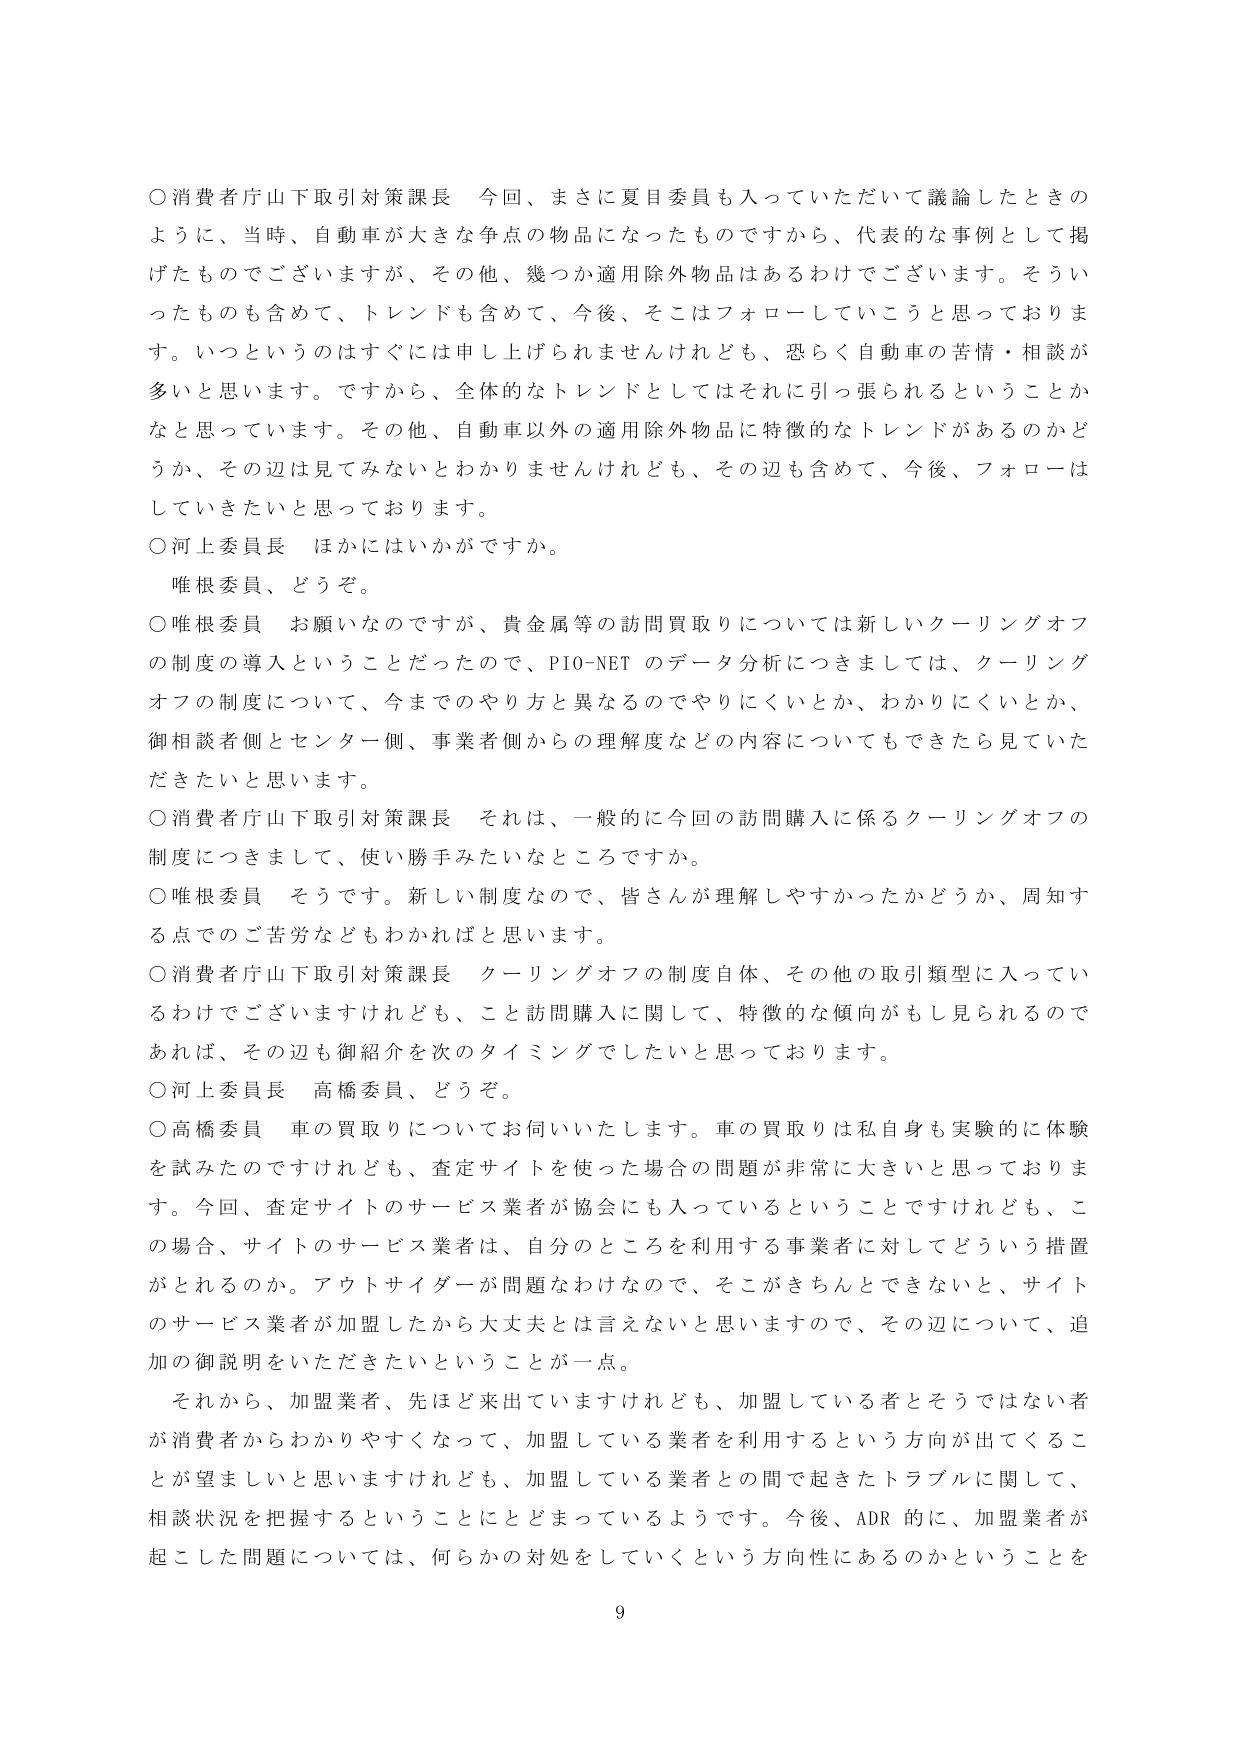
○消費者庁山下取引対策課長　今回、まさに夏目委員も入っていただいて議論したときのように、当時、自動車が大きな争点の物品になったものですから、代表的な事例として掲げたものでございますが、その他、幾つか適用除外物品はあるわけでございます。そういったものも含めて、トレンドも含めて、今後、そこはフォローしていこうと思っております。いっというのはすぐには申し上げられませんけれども、恐らく自動車の苦情・相談が多いと思います。ですから、全体的なトレンドとしてはそれに引っ張られるということかなと思っています。その他、自動車以外の適用除外物品に特徴的なトレンドがあるのかどうか、その辺は見てみないとわかりませんけれども、その辺も含めて、今後、フォローはしていきたいと思っております。

○河上委員長　ほかにはいかがですか。

　唯根委員、どうぞ。

○唯根委員　お願いなのですが、貴金属等の訪問買取りについては新しいクーリングオフの制度の導入ということだったので、PIO-NETのデータ分析につきましては、クーリングオフの制度について、今までのやり方と異なるのでやりにくいとか、わかりにくいとか、御相談者側とセンター側、事業者側からの理解度などの内容についてもできたら見ていただきたいと思います。

○消費者庁山下取引対策課長　それは、一般的に今回の訪問購入に係るクーリングオフの制度につきまして、使い勝手みたいなところですか。

○唯根委員　そうです。新しい制度なので、皆さんが理解しやすかったかどうか、周知する点でのご苦労などもわかればと思います。

○消費者庁山下取引対策課長　クーリングオフの制度自体、その他の取引類型に入っているわけでございますけれども、こと訪問購入に関して、特徴的な傾向がもし見られるのであれば、その辺も御紹介を次のタイミングでしたいと思っております。

○河上委員長　高橋委員、どうぞ。

○高橋委員　車の買取りについてお伺いいたします。車の買取りは私自身も実験的に体験を試みたのですけれども、査定サイトを使った場合の問題が非常に大きいと思っております。今回、査定サイトのサービス業者が協会にも入っているということですけれども、この場合、サイトのサービス業者は、自分のところを利用する事業者に対してどういう措置がとれるのか。アウトサイダーが問題なわけなので、そこがきちんとできないと、サイトのサービス業者が加盟したから大丈夫とは言えないと思いますので、その辺について、追加の御説明をいただきたいということが一点。

　それから、加盟業者、先ほど来ていただきますけれども、加盟している者とそうではない者が消費者からわかりやすくなって、加盟している業者を利用するという方向が出てくることが望ましいと思いますけれども、加盟している業者との間で起きたトラブルに関して、相談状況を把握するということにとどまっているようです。今後、ADR的に、加盟業者が起こした問題については、何らかの対処をしていくという方向性にあるのかということを

9